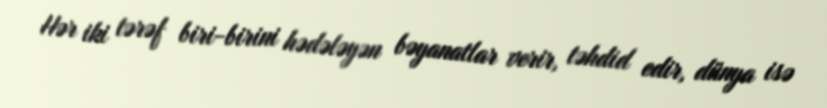
Hər iki tərəf biri-birini hədələyən bəyanatlar verir, təhdid edir, dünya isə